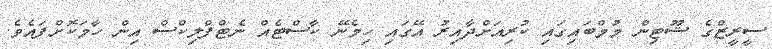
ސީރީޒްގެ ޝޫޓިން މުމްބައިގައި ކުރިއަށްދާއިރު އޭގައި ހިމެނޭ ކާސްޓެއް ނެޓްފްލިކްސް އިން ހާމަކޮށްފައެވެ.